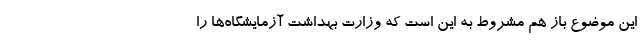
این موضوع باز هم مشروط به این است که وزارت بهداشت آزمایشگاه‌ها را